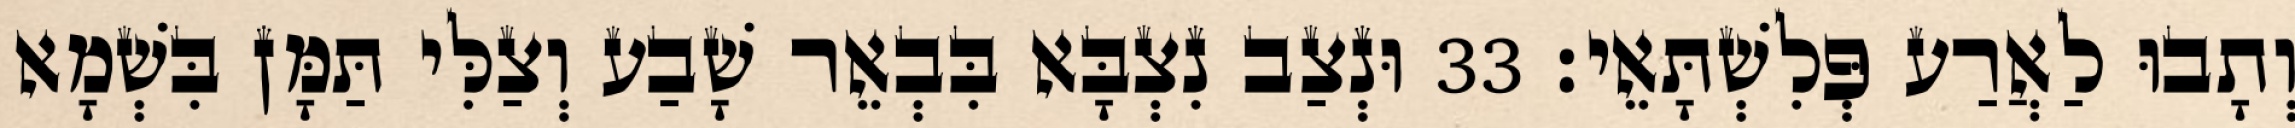
וְתָבוּ לַאֲרַע פְּלִשְׁתָּאֵי׃ 33 וּנְצַב נִצְבָּא בִּבְאֵר שָׁבַע וְצַלִּי תַּמָּן בִּשְׁמָא